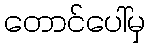
တောင်ပေါ်မှ